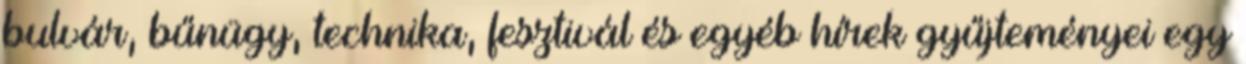
bulvár, bűnügy, technika, fesztivál és egyéb hírek gyűjteményei egy